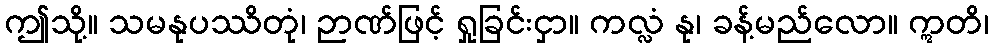
ဤသို့။ သမနုပဿိတုံ၊ ဉာဏ်ဖြင့် ရှုခြင်းငှာ။ ကလ္လံ နု၊ ခန့်မည်လော။ ဣတိ၊